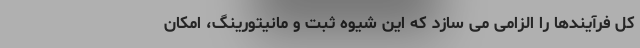
کل فرآیندها را الزامی می سازد که این شیوه ثبت و مانیتورینگ، امکان